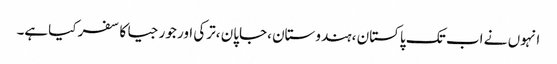
انہوں نے اب تک پاکستان ،ہندوستان ،جاپان ،ترکی اور جورجیا کا سفر کیاہے۔